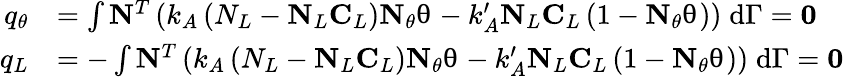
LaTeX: \begin{array}{rl}{q_{\theta}}&{=\int\mathbf{N}^{T}\left(k_{A}\left(N_{L}-\mathbf{N}_{L}\mathbf{C}_{L}\right)\mathbf{N}_{\theta}\mathbf{\uptheta}-k_{A}^{\prime}\mathbf{N}_{L}\mathbf{C}_{L}\left(1-\mathbf{N}_{\theta}\mathbf{\uptheta}\right)\right)\; \mathrm{d}\Gamma=\mathbf{0}}\\ {q_{L}}&{=-\int\mathbf{N}^{T}\left(k_{A}\left(N_{L}-\mathbf{N}_{L}\mathbf{C}_{L}\right)\mathbf{N}_{\theta}\mathbf{\uptheta}-k_{A}^{\prime}\mathbf{N}_{L}\mathbf{C}_{L}\left(1-\mathbf{N}_{\theta}\mathbf{\uptheta}\right)\right)\; \mathrm{d}\Gamma=\mathbf{0}}\end{array}